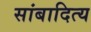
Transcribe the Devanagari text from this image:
सांबादित्य